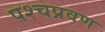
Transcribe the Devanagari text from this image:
पश्चप्रवण